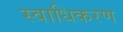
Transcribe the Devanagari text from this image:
स्वाधिकरण